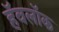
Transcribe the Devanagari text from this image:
हॅवलॉक